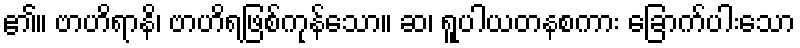
၏။ ဗာဟိရာနိ၊ ဗာဟိရဖြစ်ကုန်သော။ ဆ၊ ရူပါယတနစကား ခြောက်ပါးသော